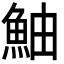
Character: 鮋